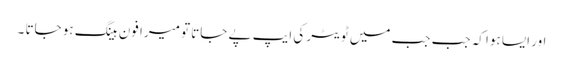
اور ایسا ہوا کہ جب جب میں ٹویٹر کی ایپ پے جاتا تو میرا فون ہینگ ہو جاتا ۔